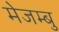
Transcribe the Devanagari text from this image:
मेजम्बु